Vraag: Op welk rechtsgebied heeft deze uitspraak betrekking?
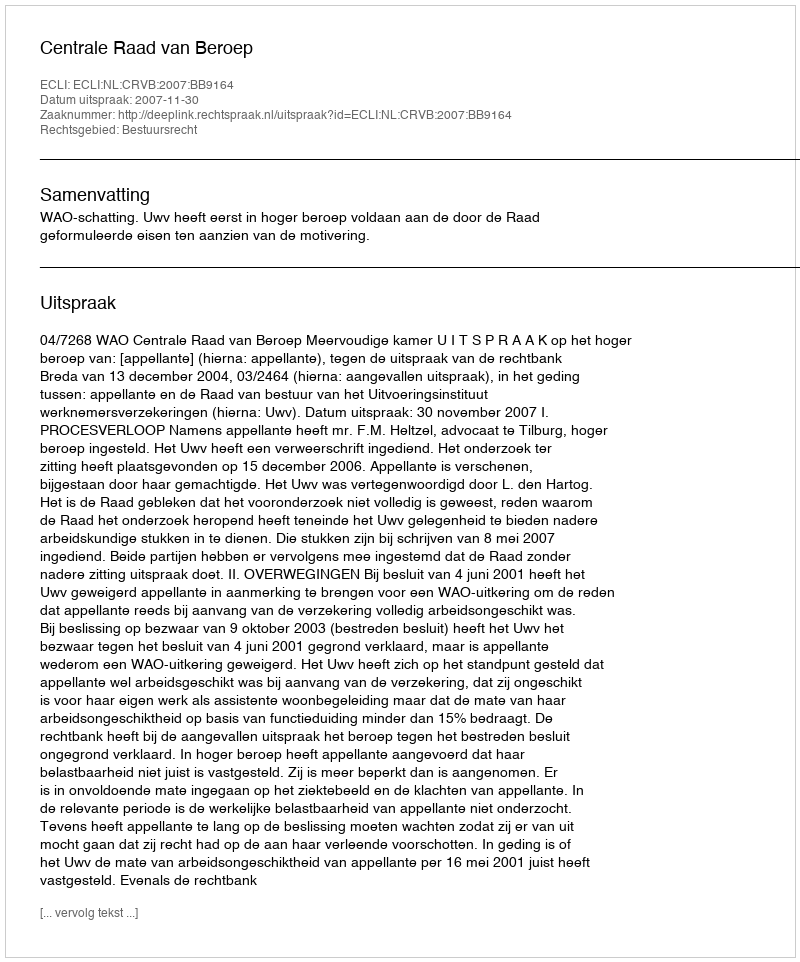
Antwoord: Bestuursrecht